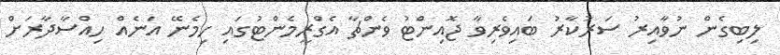
ލިބިގެން ނުވާއިރު ސަރުކާރު ބައިވެރިވާ ޖޮއިންޓު ވެންޗާ އެގްރީމެންޓުގައި ހިމެނޭ އަނެއް ހިއްސާދާރަށް